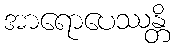
အာရောပေဿန္တိ